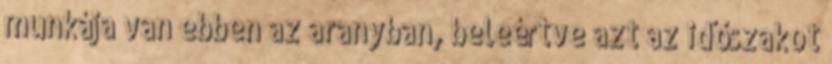
munkája van ebben az aranyban, beleértve azt az időszakot